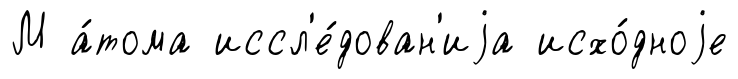
М а́тома иссл'е́дован'иjа исхо́дноjе